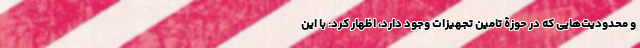
و محدودیت‌هایی که در حوزۀ تامین تجهیزات وجود دارد، اظهار کرد: با این